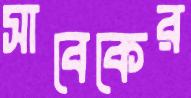
সাবেকের